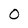
Character: O